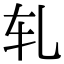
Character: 轧